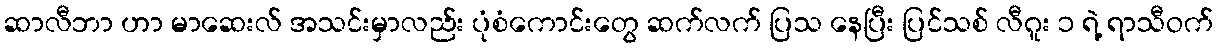
ဆာလီဘာ ဟာ မာဆေးလ် အသင်းမှာလည်း ပုံစံကောင်းတွေ ဆက်လက် ပြသ နေပြီး ပြင်သစ် လီဂူး ၁ ရဲ့ ရာသီဝက်